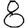
Digit: 8